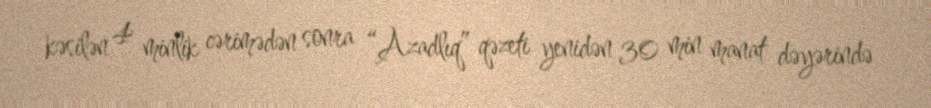
kəsilən 4 minlik cərimədən sonra “Azadlıq” qəzeti yenidən 30 min manat dəyərində